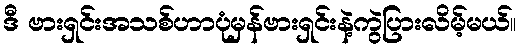
ဒီ ဗားရှင်းအသစ်ဟာပုံမှန်ဗားရှင်းနဲ့ကွဲပြားလိမ့်မယ်။